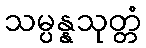
သမ္ပန္နသုတ္တံ